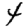
Digit: 4